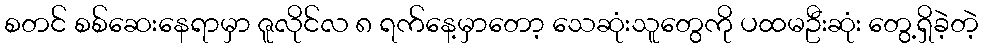
စတင် စစ်ဆေးနေရာမှာ ဇူလိုင်လ ၈ ရက်နေ့မှာတော့ သေဆုံးသူတွေကို ပထမဦးဆုံး တွေ့ရှိခဲ့တဲ့